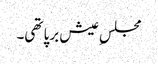
مجلسِ عیش برپا تھی۔